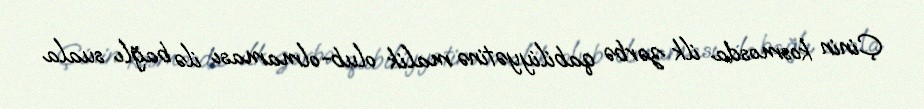
Çinin kosmosda ilk zərbə qabiliyyətinə malik olub-olmaması ilə bağlı suala